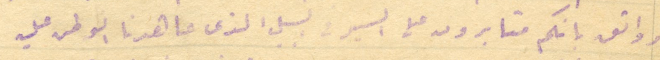
وواثق بانكم مثابرون على السير في السبيل الذى عاهدنا الوطن عليه